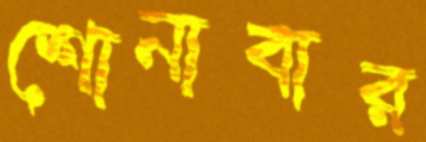
শোনাবার